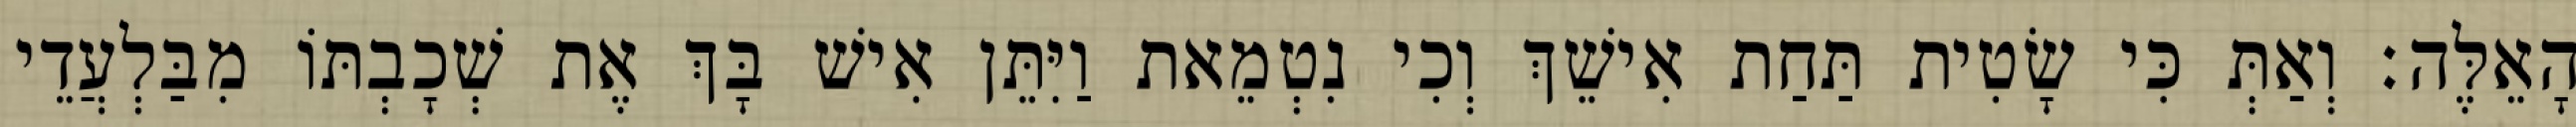
הָאֵלֶּה׃ וְאַתְּ כִּי שָׂטִית תַּחַת אִישֵׁךְ וְכִי נִטְמֵאת וַיִּתֵּן אִישׁ בָּךְ אֶת שְׁכָבְתּוֹ מִבַּלְעֲדֵי